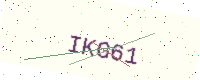
Text: IKG61